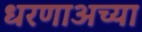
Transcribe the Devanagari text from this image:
धरणाअच्या